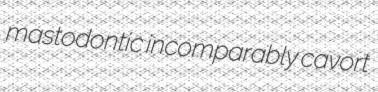
mastodontic incomparably cavort